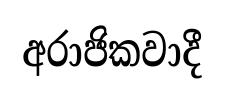
අරාජිකවාදී